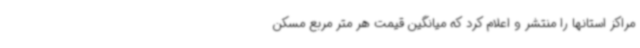
مراکز استانها را منتشر و اعلام کرد که میانگین قیمت هر متر مربع مسکن